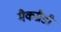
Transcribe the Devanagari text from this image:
मैकग्रैडी